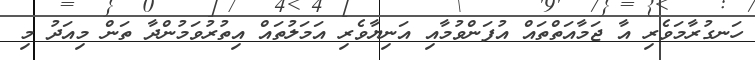
ހަނގުރާމަވެރި އާ ޖަމާއަތްތައް އުފަންވުމާއި އަނިޔާވެރި އަމަލުތައް އިތުރުވަމުންދާ ތަން މިއަދު މި